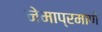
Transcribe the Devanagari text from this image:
नेमाप्रमाणे